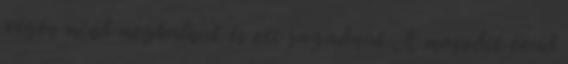
végén mind meghalnak és ott ragadnak A második évad